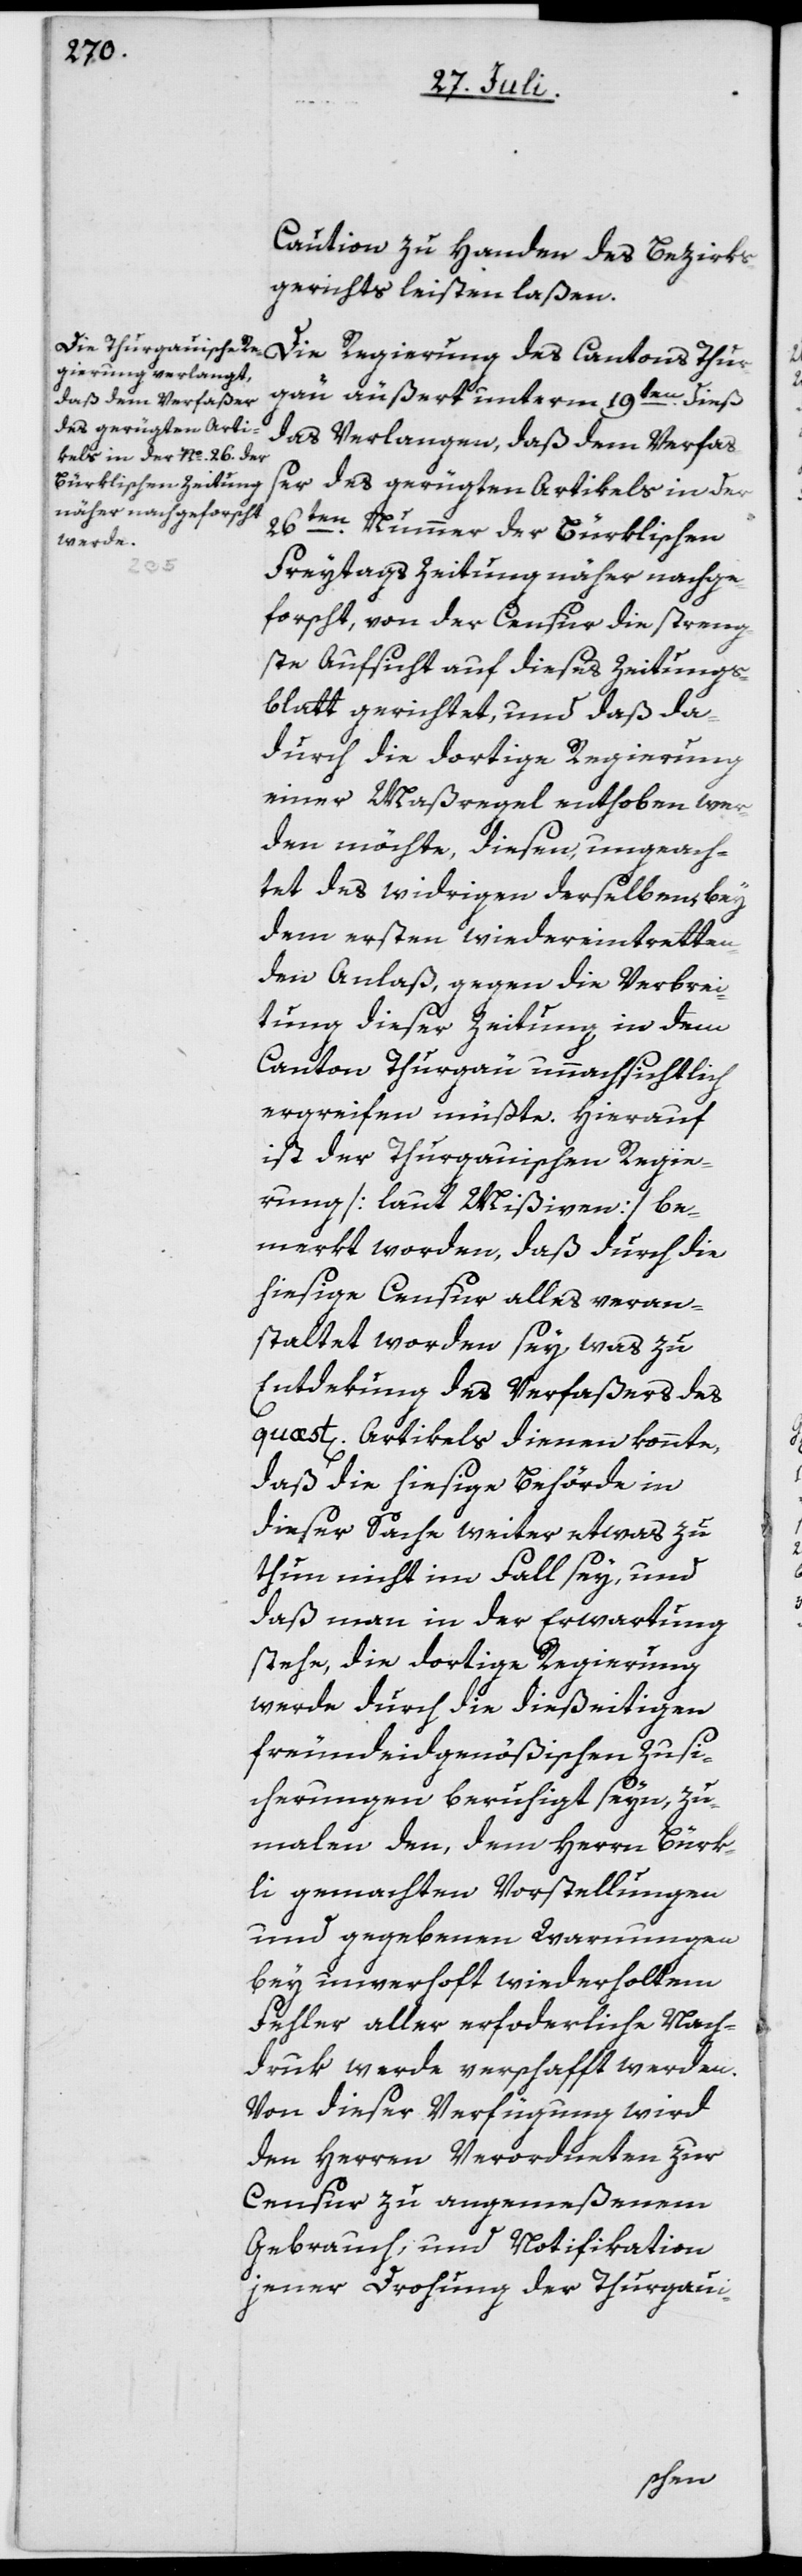
Caution zu Handen des Bezirks¬
gerichts leisten laßen.
Die Regierung des Cantons Thur¬
gau äußert unterm 19ten dieß
das Verlangen, daß dem Verfaß¬
er des gerügten Artikels in der
26ten Nummer der Bürklischen
Freytagszeitung näher nachge¬
forscht, von der Censur die streng¬
ste Aufsicht auf dieses Zeitungs¬
blatt gerichtet, und daß da¬
durch die dortige Regierung
einer Maßregel enthoben wer¬
den möchte, diesen, ungeach¬
tet des widrigen derselben, bey
dem ersten wiedereintretten¬
den Anlaß, gegen die Verbrei¬
tung dieser Zeitung in dem
Canton Thurgäu unnachsichtlich
ergreifen müßte. Hierauf
ist der Thurgauischen Regie¬
rung [laut Mißiven] be¬
merkt worden, daß durch die
hiesige Censur alles veran¬
staltet worden sey, was zu
Entdekung des Verfaßers des
quæst. Artikels dienen konnte,
daß die hiesige Behörde in
dieser Sache weiter etwas zu
thun nicht im Fall sey, und
daß man in der Erwartung
stehe, die dortige Regierung
werde durch die dießeitigen
freundeidgenößischen Zusi¬
cherungen beruhigt seyn, zu¬
malen den, dem Herrn Bürk¬
li gemachten Vorstellungen
und gegebenen Warnungen
bey unverhoft wiederholtem
Fehler aller erforderliche Nach¬
druk werde verschafft werden.
Von dieser Verfügung wird
den Herren Verordneten zur
Censur zu angemeßenem
Gebrauch, und Notifikation
jener Drohung der Thurgaui-